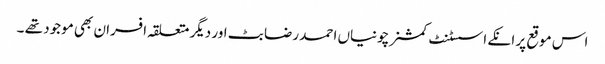
اس موقع پر انکے اسسٹنٹ کمشنر چونیاں احمد رضا بٹ اور دیگر متعلقہ افسران بھی موجود تھے ۔